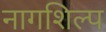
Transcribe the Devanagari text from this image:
नागशिल्प